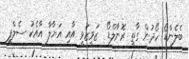
ބެލެންޑޯ ހޯދުން ގާތީ ރޮނާލްޑޯ  ޒަވީޒަވީ އާއި އަޔާލާ އާއެކު ސެލްފީ